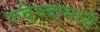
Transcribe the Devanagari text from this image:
झ्वेज्दामध्ये